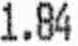
1.84